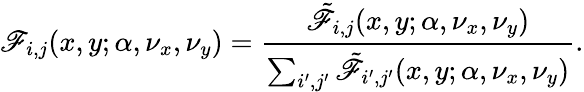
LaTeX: \mathscr{F}_{i,j}(x,y;\alpha,\nu_{x},\nu_{y})=\frac{{\tilde{{\mathscr{F}}}_{i,j}(x,y;\alpha,\nu_{x},\nu_{y})}}{{\sum_{i^{\prime},j^{\prime}}\tilde{{\mathscr{F}}}_{i^{\prime},j^{\prime}}(x,y;\alpha,\nu_{x},\nu_{y})}}.